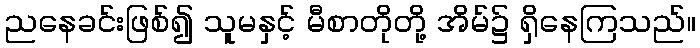
ညနေခင်းဖြစ်၍ သူမနှင့် မီစာတိုတို့ အိမ်၌ ရှိနေကြသည်။